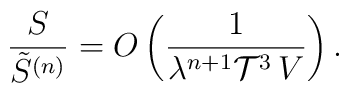
\frac{S}{\tilde{S}^{(n)}} = O \left( \frac{1}{\lambda^{n + 1} {\cal T}^3 \, V} \right) .